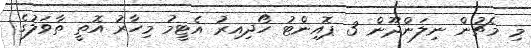
މި މެޗުން ނިލަންދޫން 3 ޕޮއިންޓު ހޯދިއިރު އެޓީމު މިހާރު އޮތީ ތާވަލުގެ